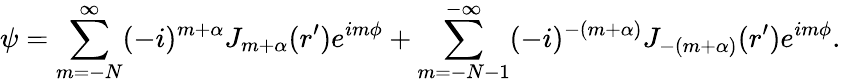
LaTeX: \psi=\sum_{m=-N}^{\infty}(-i)^{m+\alpha}J_{m+\alpha}(r^{\prime})e^{im\phi}+\sum_{m=-N-1}^{-\infty}(-i)^{-(m+\alpha)}J_{-(m+\alpha)}(r^{\prime})e^{im\phi}.